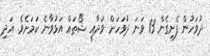
ދުވަހުން ފެށިގެން 13 ވަނަ ދުވަހަށް ވަދާއީ ޝޯތައް އަޅުވާނެ ކަމަށެވެ. އަދި